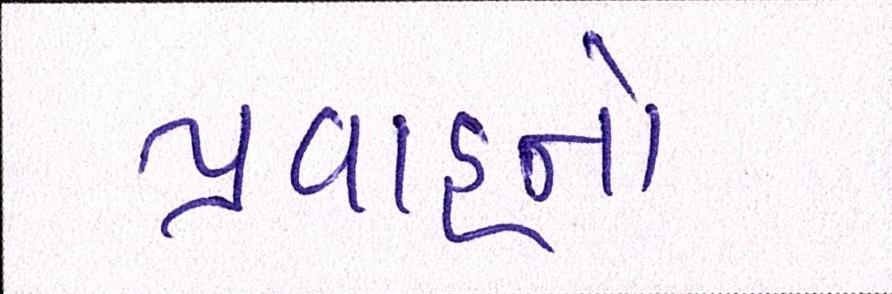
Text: પ્રવાહનો